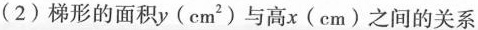
(2) 梯形的面积y ( cm^{2} ) 与高x ( cm ) 之间的关系